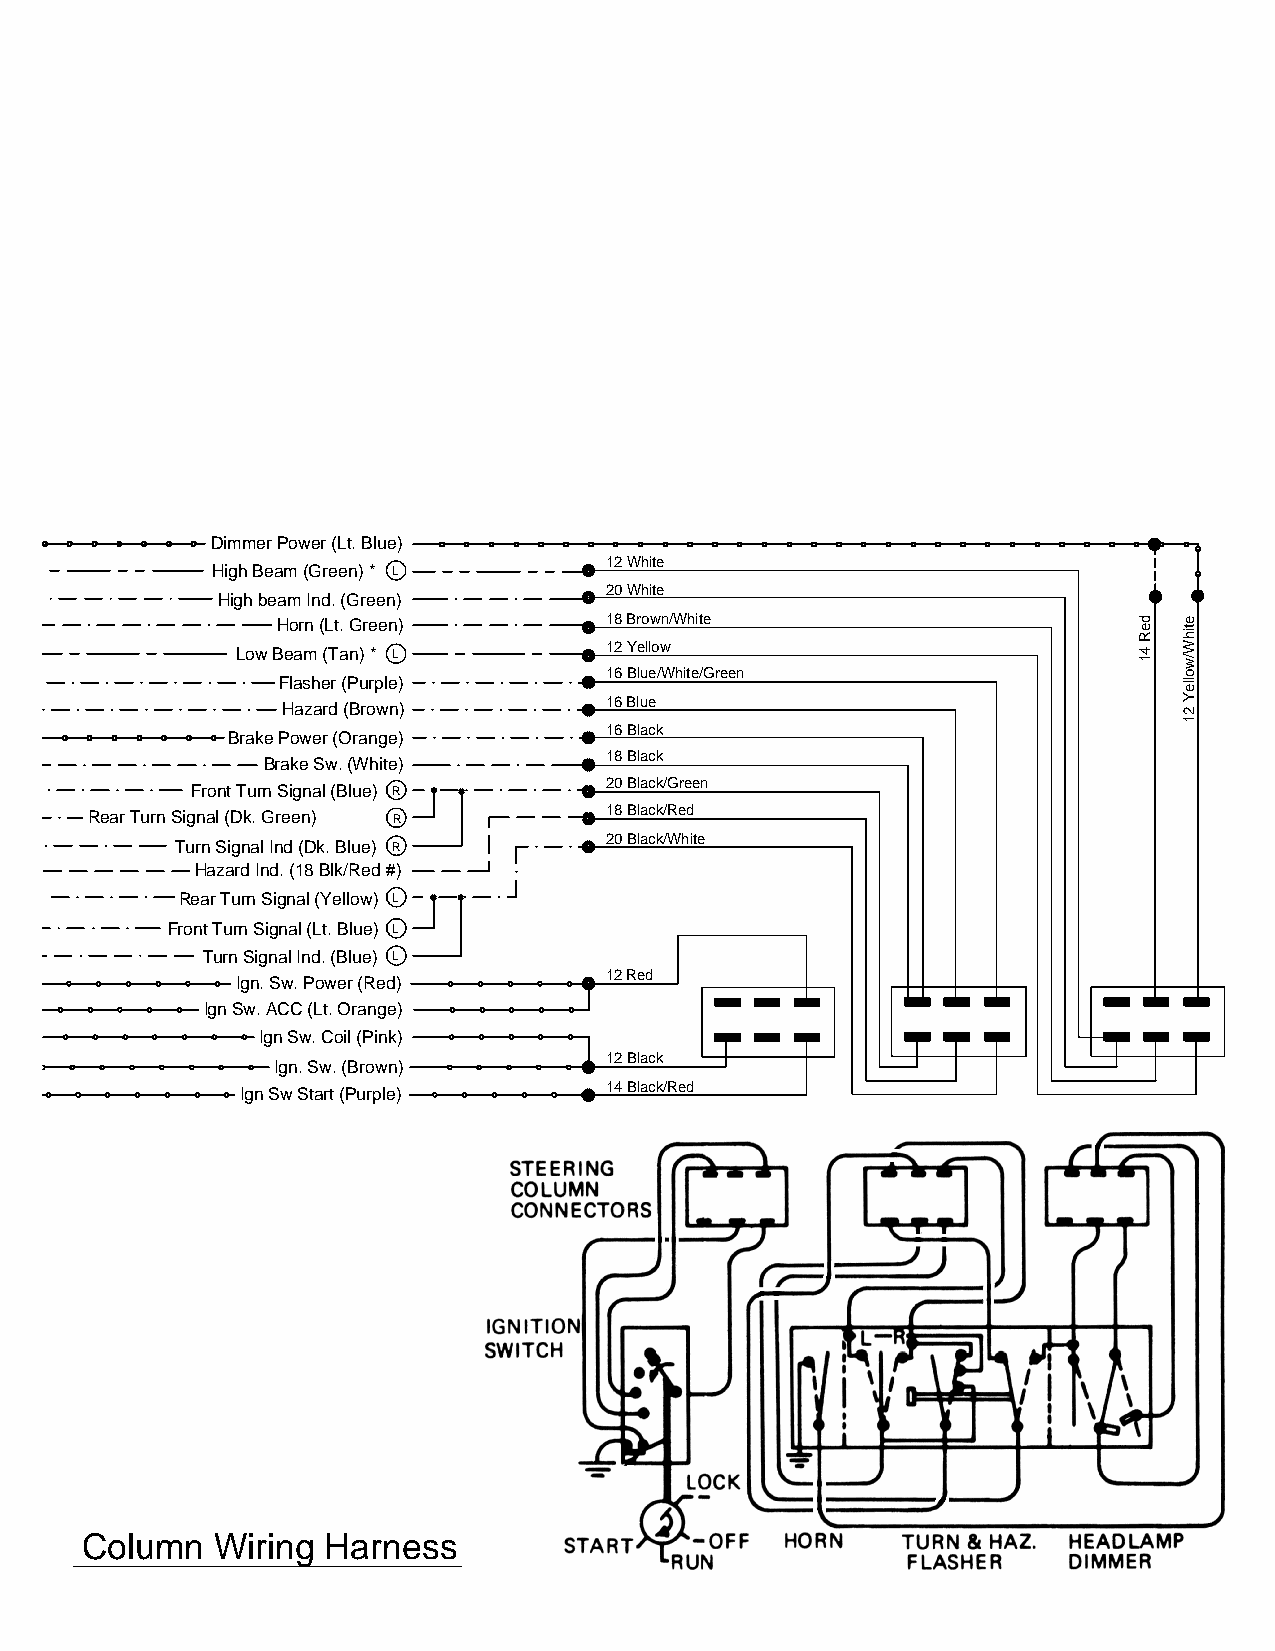
Dimmer Power (Lt. Blue)
 12 White
 High Beam (Green) * L
 20 White
 High beam Ind. (Green)
 Horn (Lt. Green)      18 Brown/White
 Low Beam (Tan) * L      12 Yellow
 16 Blue/White/Green
 Flasher (Purple)
 16 Blue
 Hazard (Brown)
 16 Black
 Brake Power (Orange)
 18 Black
 Brake Sw. (White)
 20 Black/Green
 Front Turn Signal (Blue) R
 18 Black/Red
 Rear Turn Signal (Dk. Green) R
 20 Black/White
 Turn Signal Ind (Dk. Blue) R
 Hazard Ind. (18 Blk/Red #)
 Rear Turn Signal (Yellow) L
 Front Turn Signal (Lt. Blue) L
 Turn Signal Ind. (Blue) L
 12 Red
 Ign. Sw. Power (Red)
 Ign Sw. ACC (Lt. Orange)
 Ign Sw. Coil (Pink)
 12 Black
 Ign. Sw. (Brown)
 14 Black/Red
 Ign Sw Start (Purple)
 Column   Wiring  Harness
 5
 deR
 41
 etihW/wolleY
 21